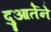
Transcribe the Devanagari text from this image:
दुआर्तेने